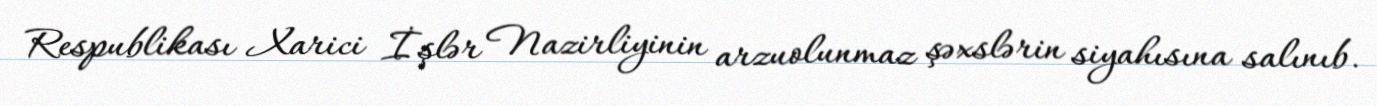
Respublikası Xarici İşlər Nazirliyinin arzuolunmaz şəxslərin siyahısına salınıb.